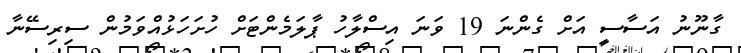
ގާނޫނު އަސާސީ އަށް ގެންނަ 19 ވަަނަ އިސްލާހު ޕާލަމެންޓަށް ހުށަހަޅުއްވަމުން ސިރިސޭނާ